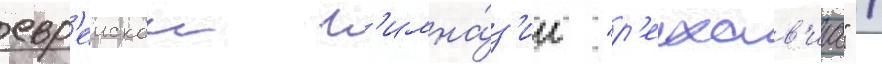
евр'еискои г'имна́з'ии "р'ехав'иа" /